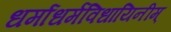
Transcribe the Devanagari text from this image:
धर्माधर्मविधायिनीम्